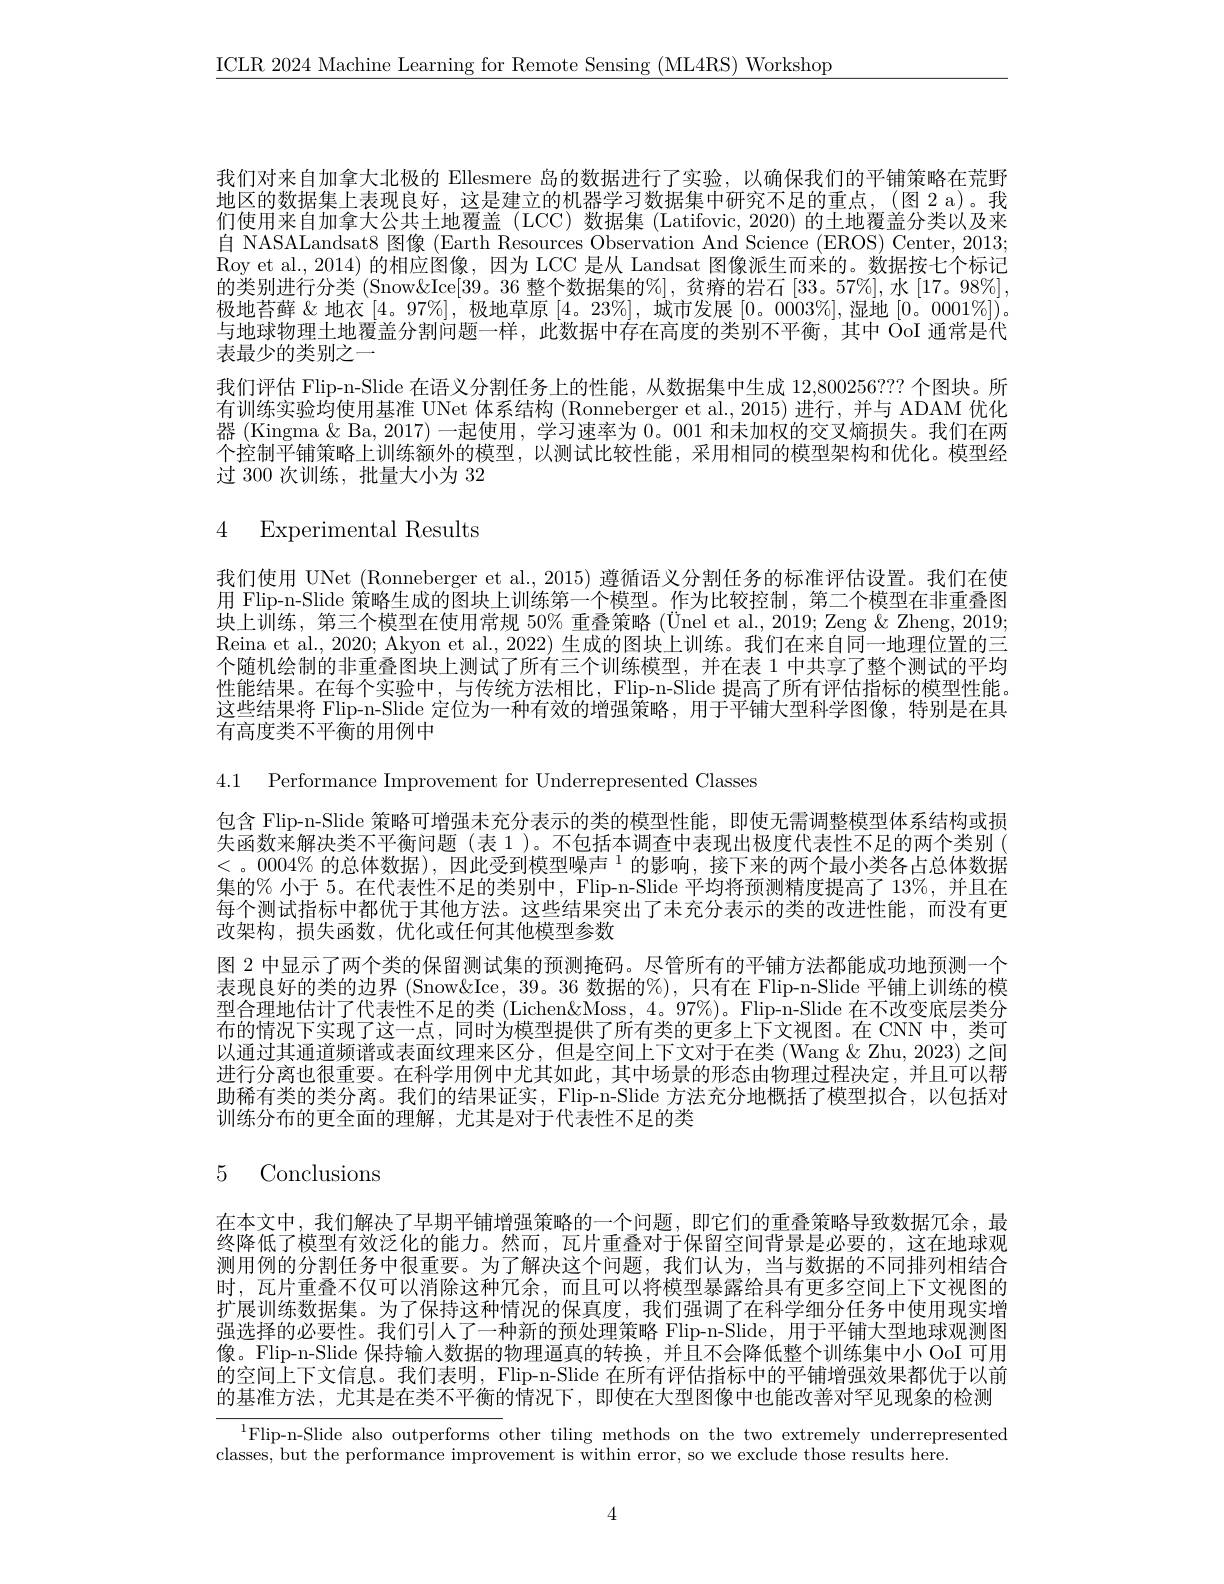
$\underline{\mathrm{ICLR~2024~Machine~Learning~for~Remote~Sensing~(ML4RS)~Workshop}}$

我们对来自加拿大北极的 Ellesmere 岛的数据进行了实验，以确保我们的平铺策略在荒野地区的数据集上表现良好，这是建立的机器学习数据集中研究不足的重点，(图 2 a)。我们使用来自加拿大公共土地覆盖 (LCC) 数据集 (Latifovic, 2020) 的土地覆盖分类以及来自 NASALandsat8 图像 (Earth Resources Observation And Science (EROS) Center, 2013; Roy et al., 2014) 的相应图像，因为 LCC 是从 Landsat 图像派生而来的。数据按七个标记的类别进行分类 (Snow&Ice[39。36 整个数据集的%], 贫瘠的岩石 [33。57%],水 [17。98%], 极地苔藓 &地衣[4。97%],极地草原[4。23%],城市发展[0。0003%],湿地[0。0001%]). 与地球物理土地覆盖分割问题一样，此数据中存在高度的类别不平衡，其中 OoI 通常是代表最少的类别之一
我们评估 Flip-n-Slide 在语义分割任务上的性能，从数据集中生成 12,800256?? 个图块。所有训练实验均使用基准 UNet 体系结构 (Ronneberger et al.,2015) 进行，并与 ADAM 优化器 (Kingma & Ba, 2017) 一起使用，学习速率为0。001 和末加权的交叉熵损失。我们在两个控制平铺策略上训练额外的模型，以测试比较性能，采用相同的模型架构和优化。模型经过 300 次训练，批量大小为 32

# 4 Experimental Results

我们使用 UNet (Ronneberger et al., 2015) 遵循语义分割任务的标准评估设置。我们在使用 Flip-n-Slide 策略生成的图块上训练第一个模型。作为比较控制，第二个模型在非重叠图块上训练，第三个模型在使用常规 50% 重叠策略(Ünel et al., 2019; Zeng & Zheng, 2019; Reina et al., 2020; Akyon et al., 2022) 生成的图块上训练。我们在来自同一地理位置的三个随机绘制的非重叠图块上测试了所有三个训练模型，并在表 1 中共享了整个测试的平均性能结果。在每个实验中，与传统方法相比，Flip-n-Slide 提高了所有评估指标的模型性能。这些结果将 Flip-n-Slide 定位为一种有效的增强策略，用于平铺大型科学图像，特别是在具有高度类不平衡的用例中

4.1 Performance Improvement for Underrepresented Classes

包含 Flip-n-Slide 策略可增强未充分表示的类的模型性能，即使无需调整模型体系结构或损失函数来解决类不平衡问题(表1)。不包括本调查中表现出极度代表性不足的两个类别( <。0004% 的总体数据),因此受到模型噪声$^1$的影响，接下来的两个最小类各占总体数据集的% 小于 5。在代表性不足的类别中，Flip-n-Slide 平均将预测精度提高了 13%,并且在每个测试指标中都优于其他方法。这些结果突出了未充分表示的类的改进性能，而没有更改架构，损失函数，优化或任何其他模型参数
图 2 中显示了两个类的保留测试集的预测掩码。尽管所有的平铺方法都能成功地预测一个表现良好的类的边界 (Snow&Ice, 39。36 数据的%), 只有在 Flip-n-Slide 平铺上训练的模型合理地估计了代表性不足的类 (Lichen&Moss, 4。97%)。Flip-n-Slide 在不改变底层类分布的情况下实现了这一点，同时为模型提供了所有类的更多上下文视图。在 CNN 中，类可以通过其通道频谱或表面纹理来区分，但是空间上下文对于在类 (Wang & Zhu, 2023) 之间进行分离也很重要。在科学用例中尤其如此，其中场景的形态由物理过程决定，并且可以帮助稀有类的类分离。我们的结果证实，Flip-n-Slide 方法充分地概括了模型拟合，以包括对训练分布的更全面的理解，尤其是对于代表性不足的类

# 5 Conclusions

在本文中，我们解决了早期平铺增强策略的一个问题，即它们的重叠策略导致数据冗余，最终降低了模型有效泛化的能力。然而，瓦片重叠对于保留空间背景是必要的，这在地球观测用例的分割任务中很重要。为了解决这个问题，我们认为，当与数据的不同排列相结合时，瓦片重叠不仅可以消除这种冗余，而且可以将模型暴露给具有更多空间上下文视图的扩展训练数据集。为了保持这种情况的保真度，我们强调了在科学细分任务中使用现实增强选择的必要性。我们引人了一种新的预处理策略 Flip-n-Slide, 用于平铺大型地球观测图像。Flip-n-Slide 保持输人数据的物理逼真的转换，并且不会降低整个训练集中小 OoI 可用的空间上下文信息。我们表明，Flip-n-Slide 在所有评估指标中的平铺增强效果都优于以前的基准方法，尤其是在类不平衡的情况下，即使在大型图像中也能改善对罕见现象的检测

$^{1}$Flip-n-Slide also outperforms other tiling methods on the two extremely underrepresented
classes, but the performance improvement is within error, so we exclude those results here.

4